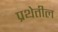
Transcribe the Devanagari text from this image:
प्रथेतील